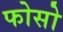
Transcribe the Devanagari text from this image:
फोसो